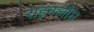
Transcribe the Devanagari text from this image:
राइनलाँघ